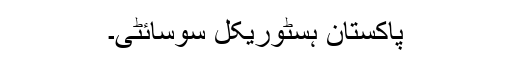
پاکستان ہسٹوریکل سوسائٹی۔